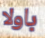
باولا